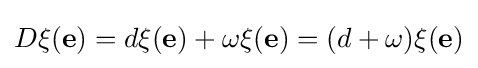
D\xi (\mathbf {e} )=d\xi (\mathbf {e} )+\omega \xi (\mathbf {e} )=(d+\omega )\xi (\mathbf {e} )